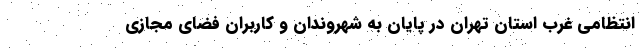
انتظامی غرب استان تهران در پایان به شهروندان و کاربران فضای مجازی